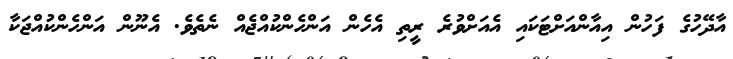
އާދޭހުގެ ފަހުން އިއާންއަށްޓަކައި އެއަށްވުރެ ރީތި އެހެން އަންހެންކުއްޖެއް ނެތެވެ. އެނޫން އަންހެންކުއްޖަކާ